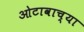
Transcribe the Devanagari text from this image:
ओटावाच्या